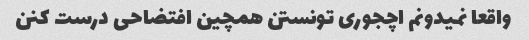
واقعا نمیدونم اچجوری تونستن همچین افتضاحی درست کنن